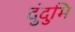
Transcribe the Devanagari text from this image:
दुंदुमि